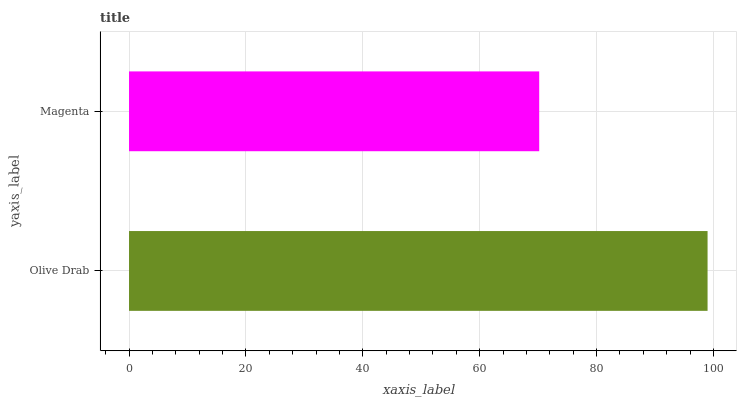
| yaxis_label | bars |
 | --- | --- |
 | Olive Drab | 99 |
 | Magenta | 70.2 |